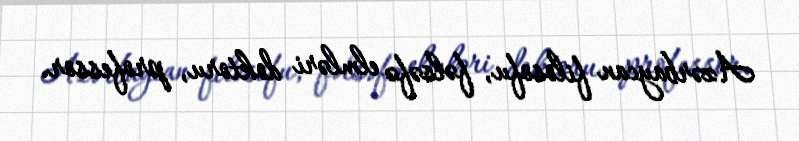
Azərbaycan filosofu, fəlsəfə elmləri doktoru, professor.